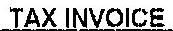
TAX INVOICE